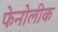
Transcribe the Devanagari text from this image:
फेनोलीक